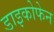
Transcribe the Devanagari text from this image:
डाइकोफेन